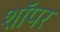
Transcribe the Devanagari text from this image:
शॉपर